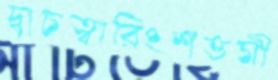
দ্বাচত্বারিংশত্তমী